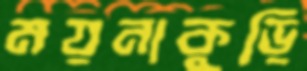
ময়নাকুড়ি